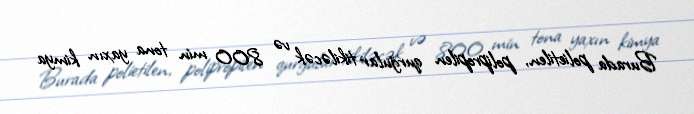
Burada polietilen, polipropilen qurğular tikiləcək və 800 min tona yaxın kimya